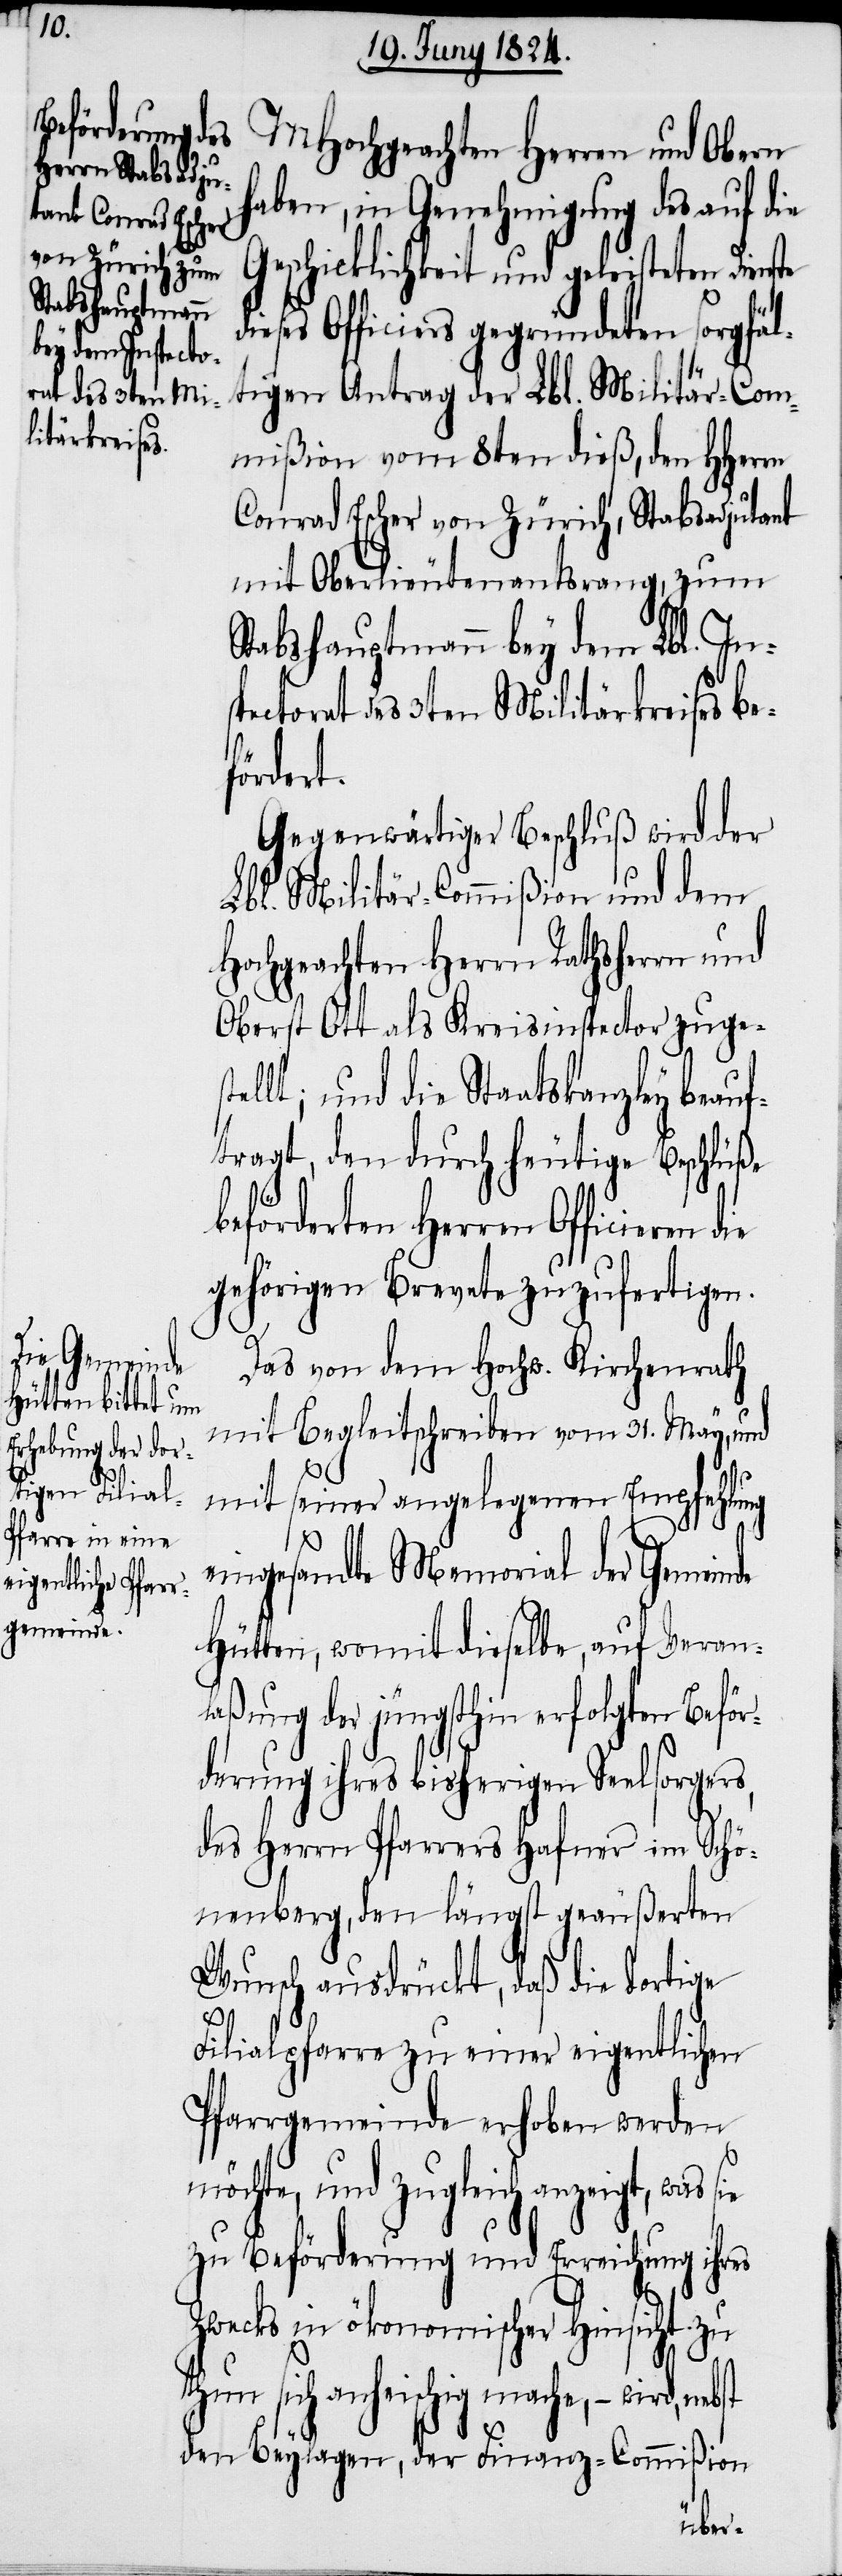
MHochgeachten Herren und Obern
haben, in Genehmigung des auf die
Geschicklichkeit und geleisteten Dienste
dieses Officiers gegründeten sorgfäl¬
tigen Antrag der Lbl. Militär-Com¬
mißion vom 8ten dieß, den HHerrn
Conrad Escher von Zürich, Stabsadjutant
mit Oberlieutenantsrang, zum
Stabshauptmann bey dem Lbl. Ins¬
pectorat des 3ten Militärkreises be¬
fördert.
Gegenwärtiger Beschluß wird der
Lbl. Militär-Commißion und dem
Hochgeachten Herrn Rathsherrn und
Oberst Ott als Kreisinspector zuges¬
tellt; und die Staatskanzley beauf¬
tragt, den durch heutige Beschlüße
beförderten Herren Officieren
gehörigen Brevete zuzufertigen.
Das von dem Hochw. Kirchenrath
mit Begleitschreiben vom 31. May, und
mit seiner angelegenen Empfehlung
eingesandte Memorial der Gemeinde
Hütten, womit dieselbe, auf Veran¬
laßung der jüngsthin erfolgten Beför¬
derung ihres bisherigen Seelsorgers,
des Herrn Pfarrers Hafner im Schö¬
nenberg, den längst geäußerten
Wunsch ausdrückt, daß die dortige
Filialpfarre zu einer eigentlichen
Pfarrgemeinde erhoben werden
möchte, und zugleich anzeigt, was sie
zu Beförderung und Erreichung ihres
Zwecks in ökonomischer Hinsicht zu
thun sich anheischig mache, – wird,
den Beylagen, der Finanz-Commißion